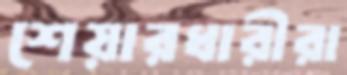
শেয়ারধারীরা